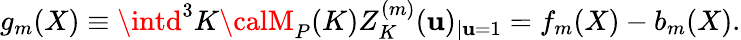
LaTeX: g_{m}(X)\equiv\intd^{3}K{\calM}_{P}(K)Z_{K}^{(m)}(\mathbf{u})_{|\mathbf{u}=1}=f_{m}(X)-b_{m}(X).